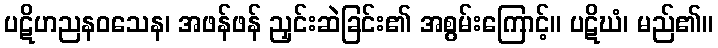
ပဋိဟညနဝသေန၊ အဖန်ဖန် ညှင်းဆဲခြင်း၏ အစွမ်းကြောင့်။ ပဋိဃံ၊ မည်၏။